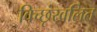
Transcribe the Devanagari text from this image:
विच्छृंखलित